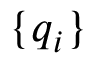
\{ \boldsymbol { q } _ { i } \}